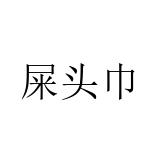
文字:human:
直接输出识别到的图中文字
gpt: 屎头巾